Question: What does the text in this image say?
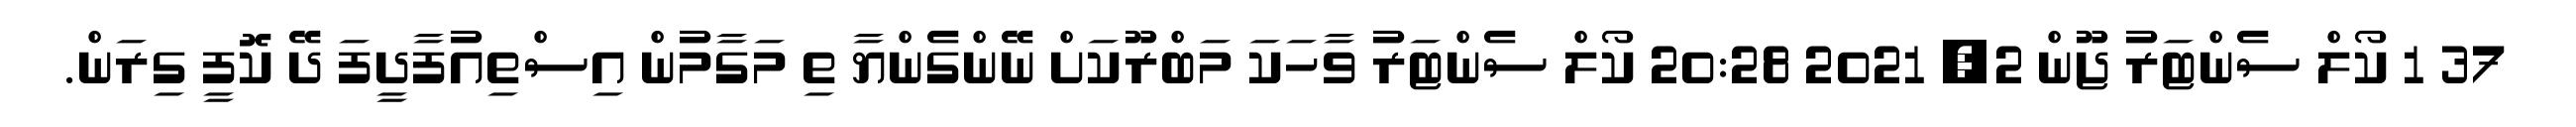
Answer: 37 1 ކޯލް ސެންޓަރު ޖޫން 2, 2021 20:28 ކޯލް ސެންޓަރު ވާހަކަ މަބްރޫކަށް ނޭންގެންޔާ ތި މަގާމުން އިސްތިއުފާދީފަ ދޭ ކޮފީ ގިރަން.